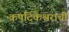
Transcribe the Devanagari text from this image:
कपर्दिकेश्वराची